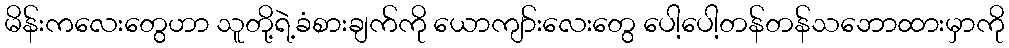
မိန်းကလေးတွေဟာ သူတို့ရဲ့ခံစားချက်ကို ယောကျာ်းလေးတွေ ပေါ့ပေါ့တန်တန်သဘောထားမှာကို